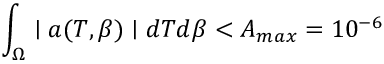
\int _ { \Omega } \mid a ( T , \beta ) \mid d T d \beta < A _ { m a x } = 1 0 ^ { - 6 }